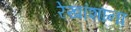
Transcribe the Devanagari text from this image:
रेखांशाना